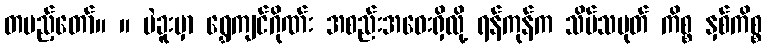
တပည့်တော်။ ။ ပဲခူးမှာ ရွှေကျင်ဂိုဏ်း အစည်းအဝေးရှိလို့ ရန်ကုန်က သိမ်သမုတ် ကိစ္စ နှစ်ကိစ္စ